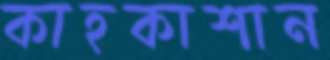
কাহকাশান